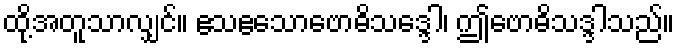
ထို့အတူသာလျှင်။ ဧသဧသောဗောဓိသဒ္ဒေါ၊ ဤဗောဓိသဒ္ဒါသည်။